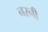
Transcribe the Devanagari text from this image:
नरनी